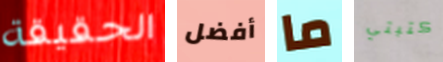
الحقيقة أفضل ما كتبتي